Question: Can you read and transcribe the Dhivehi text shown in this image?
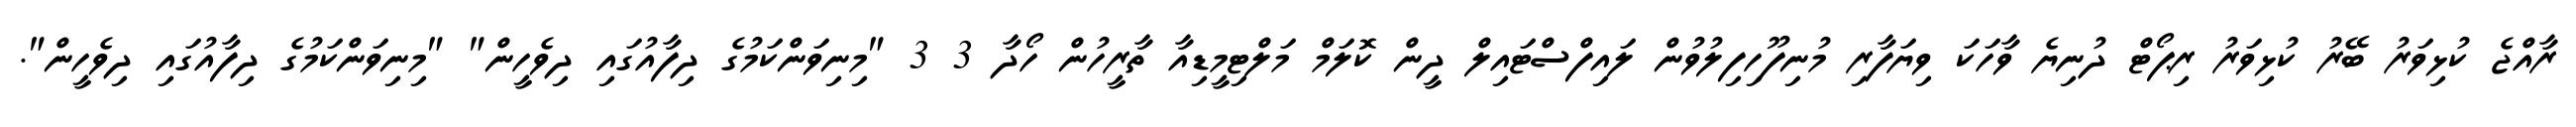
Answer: ރާއްޖެ ކުޅިވަރު ބޭރު ކުޅިވަރު ރިޕޯޓް ދުނިޔެ ވާހަކަ ވިޔަފާރި މުނިފޫހިފިލުވުން ލައިފްސްޓައިލް ދީން ކޮލަމް މަލްޓިމީޑިއާ ތާރީހުން ހޯދާ 3 3 "މިނިވަންކަމުގެ ދިފާއުގައި ދިވެހީން" "މިނިވަންކަމުގެ ދިފާއުގައި ދިވެހީން".